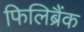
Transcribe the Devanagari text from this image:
फिलिब्रैंक